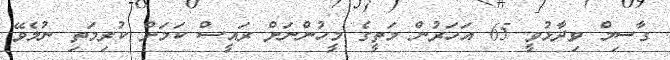
ގާސިމް ވިދާޅުވީ 65 އަހަރުން މަތީގެ މީހުންނަށް ރައީސް ކަމަށް ކުރިމަތި ނުލެވޭ